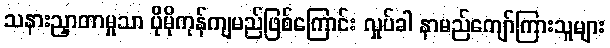
သနားညှာတာမှုသာ ပိုမိုကုန်ကျမည်ဖြစ်ကြောင်း လှုပ်ခါ နာမည်ကျော်ကြားသူများ